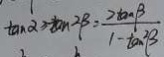
\tan \alpha \geq \tan 2 \beta = \frac { 7 \tan \beta } { 1 - \tan ^ { 2 } \beta }